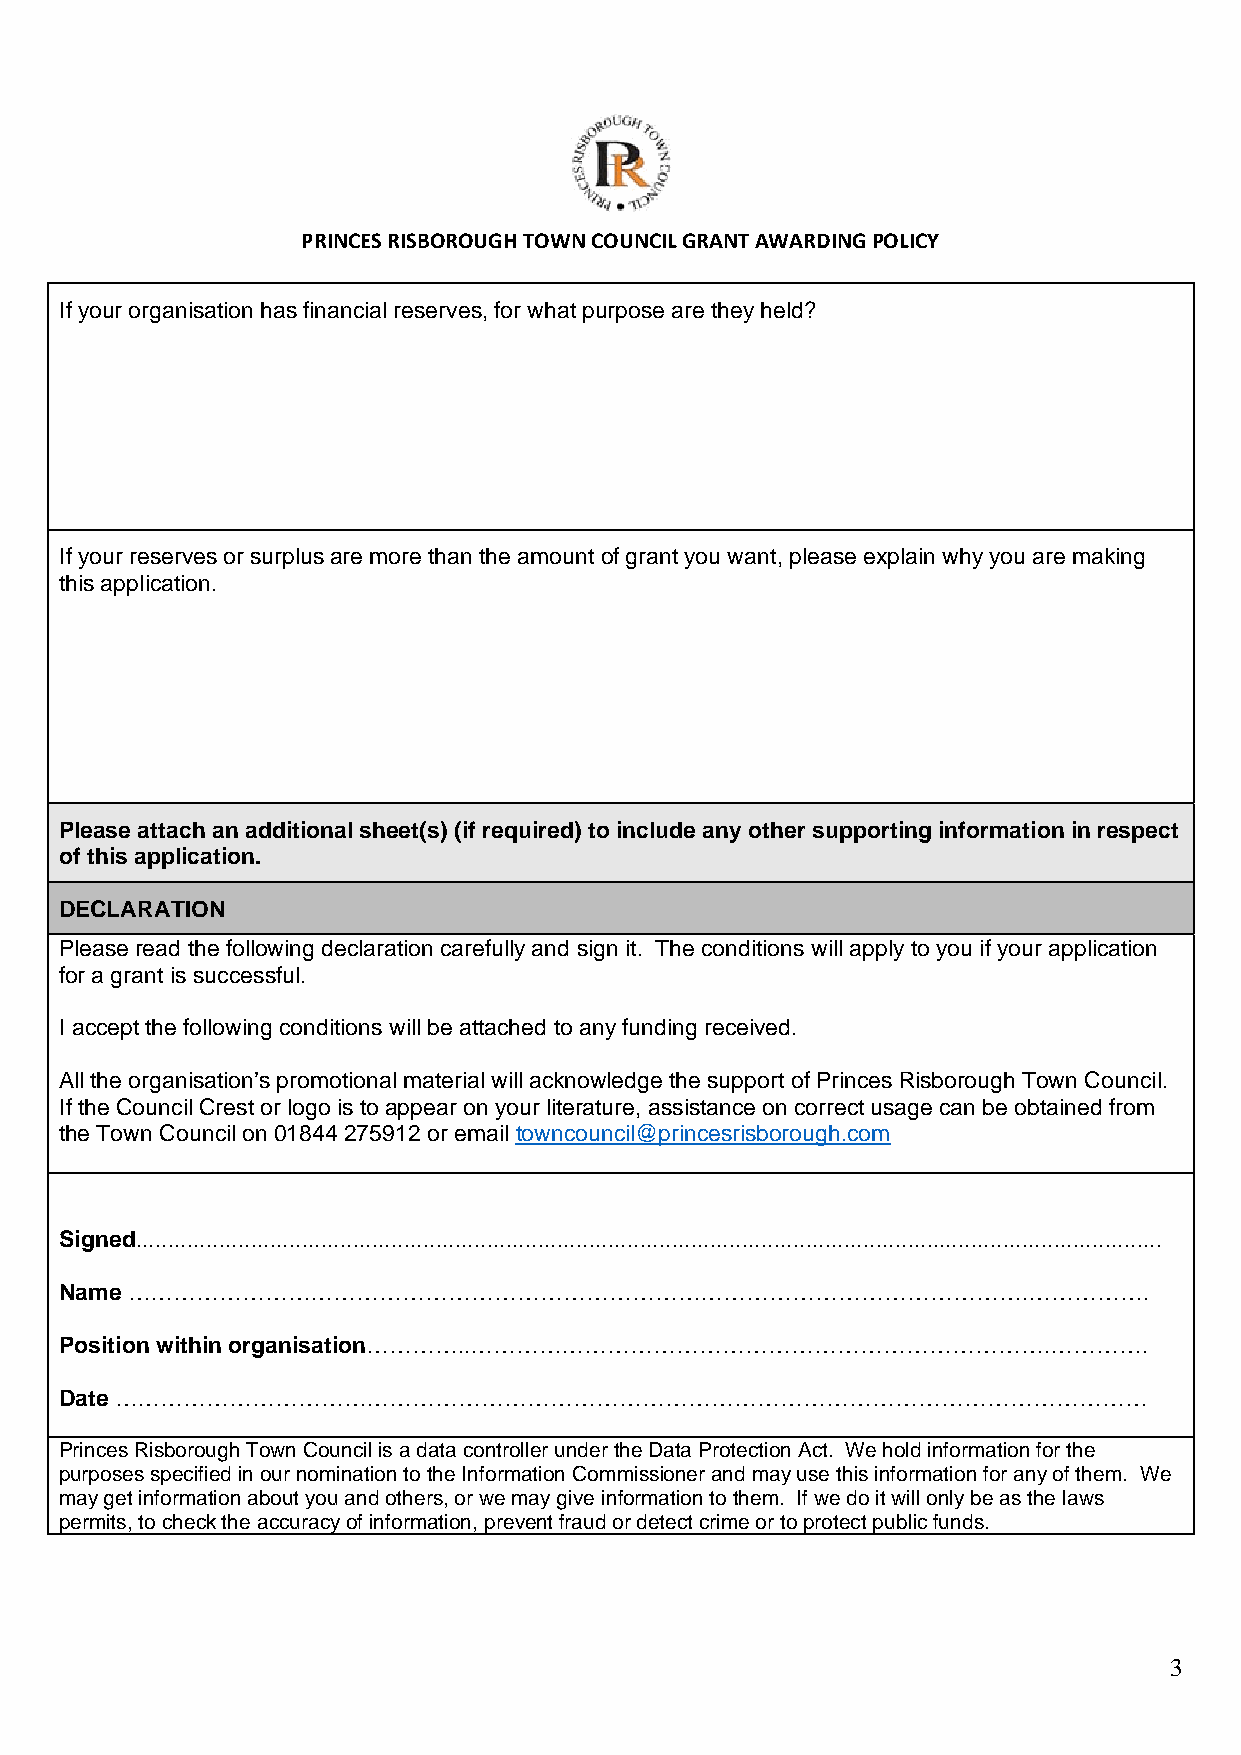
PRINCES RISBOROUGH TOWN COUNCIL GRANT AWARDING POLICY
 If your organisation has financial reserves, for what purpose are they held?
 If your reserves or surplus are more than the amount of grant you want, please explain why you are making
 this application.
 Please attach an additional sheet(s) (if required) to include any other supporting information in respect
 of this application.
 DECLARATION
 Please read the following declaration carefully and sign it. The conditions will apply to you if your application
 for a grant is successful.
 I accept the following conditions will be attached to any funding received.
 All the organisation’s promotional material will acknowledge the support of Princes Risborough Town Council.
 If the Council Crest or logo is to appear on your literature, assistance on correct usage can be obtained from
 the Town Council on 01844 275912 or email towncouncil@princesrisborough.com
 Signed.................................................................................................................................................................
 Name ……………………………………………………………………………………………………….…………….
 Position within organisation…………..………………………………………………………………….………….
 Date ………………………………………………………………………………………………………………………
 Princes Risborough Town Council is a data controller under the Data Protection Act. We hold information for the
 purposes specified in our nomination to the Information Commissioner and may use this information for any of them. We
 may get information about you and others, or we may give information to them. If we do it will only be as the laws
 permits, to check the accuracy of information, prevent fraud or detect crime or to protect public funds.
 3